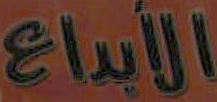
الأبداع